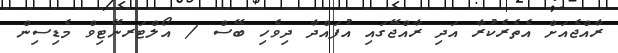
ރާއްޖެއަށް އެތެރެކުރާ އަދި ރާއްޖޭގައި އުފައްދާ ދިވެހި ބޭސް / އޯލްޓަރނޭޓިވް މެޑިސިން